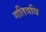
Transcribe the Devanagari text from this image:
गतिवधि